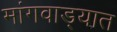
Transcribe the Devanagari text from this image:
मांगवाड्यात